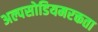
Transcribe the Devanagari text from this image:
अल्पसोडियमरक्तता